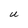
Character: U